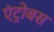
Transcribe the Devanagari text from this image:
एंट्रोबस